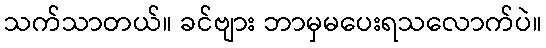
သက်သာတယ်။ ခင်ဗျား ဘာမှမပေးရသလောက်ပဲ။